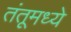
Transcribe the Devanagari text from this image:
तंतूमध्ये